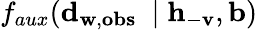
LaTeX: f_{aux}(\mathbf{d}_{\mathbf{w},\mathbf{obs}}\ \mid\mathbf{h}_{-\mathbf{v}},\mathbf{b})